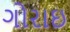
ગોરાઇ